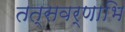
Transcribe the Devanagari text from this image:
तत्सवर्णाभि